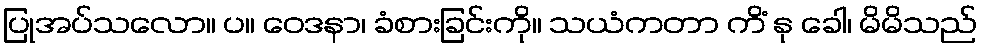
ပြုအပ်သလော။ ပ။ ဝေဒနာ၊ ခံစားခြင်းကို။ သယံကတာ ကိံ နု ခေါ၊ မိမိသည်